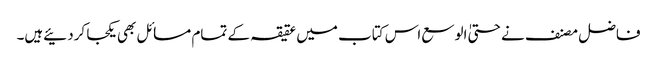
فاضل مصنف نے حتیٰ الوسع اس کتاب میں عقیقہ کے تمام مسائل بھی یکجا کردئیےہیں۔